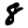
Digit: 8